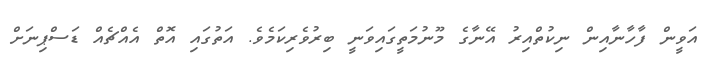
އަވީން ފާހާނާއިން ނިކުތްއިރު އޭނާގެ މޫނުމަތީގައިވަނީ ބިރުވެރިކަމެވެ. އަތުގައި އޮތް އެއްޗެއް ޑަސްޕިނަށް